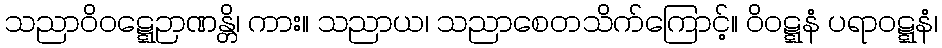
သညာဝိဝဋ္ဋေဉာဏန္တိ၊ ကား။ သညာယ၊ သညာစေတသိက်ကြောင့်။ ဝိဝဋ္ဋနံ ပရာဝဋ္ဋနံ၊